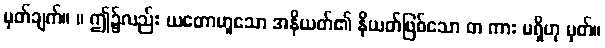
မှတ်ချက်။ ။ ဤ၌လည်း ယတောဟူသော အနိယတ်၏ နိယတ်ဖြစ်သော တ ကား မရှိဟု မှတ်။